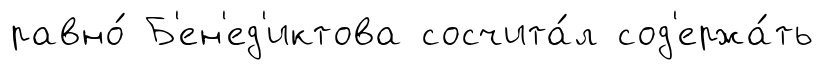
равно́ Б'ен'ед'иктова сосчита́л сод'ержа́ть